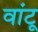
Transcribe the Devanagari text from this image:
वांटू